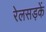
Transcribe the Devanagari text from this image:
रेलसड़कें